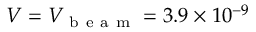
V = V _ { \mathrm { ~ b ~ e ~ a ~ m ~ } } = 3 . 9 \times 1 0 ^ { - 9 }